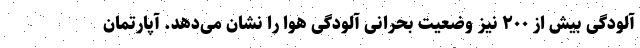
آلودگی بیش از ۲۰۰ نیز وضعیت بحرانی آلودگی هوا را نشان می‌دهد. آپارتمان